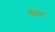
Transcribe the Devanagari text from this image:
वडाप